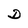
Character: D